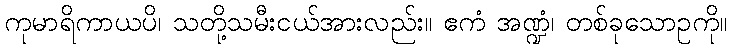
ကုမာရိကာယပိ၊ သတို့သမီးငယ်အားလည်း။ ဧကံ အဏ္ဍံ၊ တစ်ခုသောဥကို။